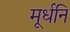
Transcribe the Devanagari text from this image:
मूर्धनि